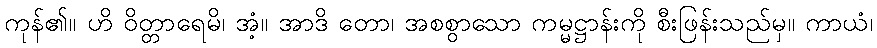
ကုန်၏။ ဟိ ဝိတ္တာရေမိ၊ အံ့။ အာဒိ တော၊ အစစွာသော ကမ္မဋ္ဌာန်းကို စီးဖြန်းသည်မှ။ ကာယံ၊